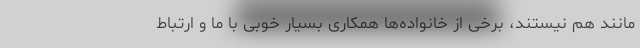
مانند هم نیستند، برخی از خانواده‌ها همکاری بسیار خوبی با ما و ارتباط